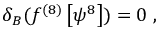
\delta _ { B } ( f ^ { ( 8 ) } \left[ \psi ^ { 8 } \right] ) = 0 ~ ,